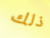
ذلك